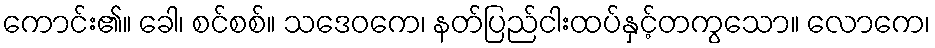
ကောင်း၏။ ခေါ၊ စင်စစ်။ သဒေဝကေ၊ နတ်ပြည်ငါးထပ်နှင့်တကွသော။ လောကေ၊